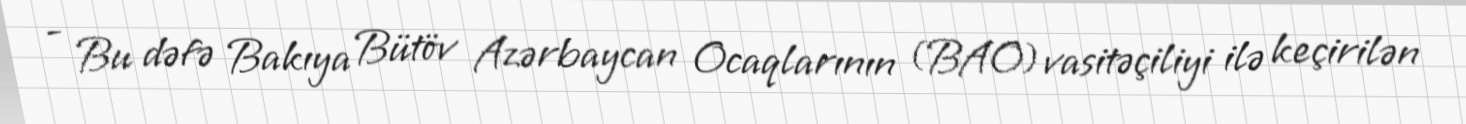
- Bu dəfə Bakıya Bütöv Azərbaycan Ocaqlarının (BAO) vasitəçiliyi ilə keçirilən